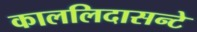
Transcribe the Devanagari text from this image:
काललिदासन्टे